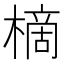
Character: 樀